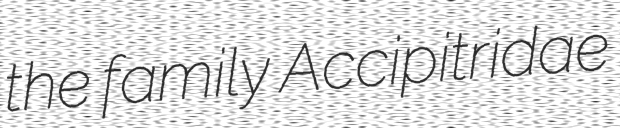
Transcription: the family Accipitridae